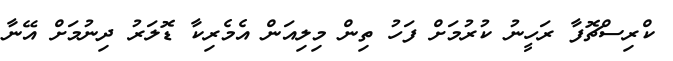
ކްރިސްޗޮފާ ރަހީނު ކުރުމަށް ފަހު ތިން މިލިއަން އެމެރިކާ ޑޮލަރު ދިނުމަށް އޭނާ